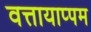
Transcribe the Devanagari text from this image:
वत्तायाप्पम